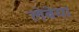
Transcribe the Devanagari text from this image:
लेबेया